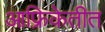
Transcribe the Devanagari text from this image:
आफ्रिकेतीत